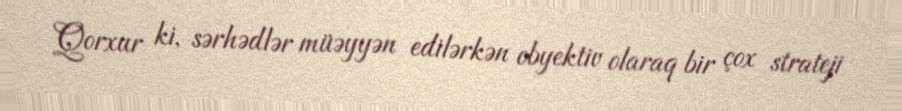
Qorxur ki, sərhədlər müəyyən edilərkən obyektiv olaraq bir çox strateji